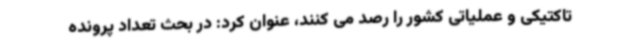
تاکتیکی و عملیاتی کشور را رصد می کنند، عنوان کرد: در بحث تعداد پرونده